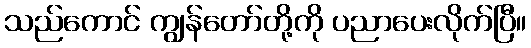
သည်ကောင် ကျွန်တော်တို့ကို ပညာပေးလိုက်ပြီ။